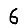
Digit: 6